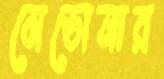
মেডোনার